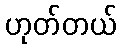
ဟုတ်တယ်